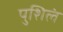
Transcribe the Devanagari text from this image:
पुशिलं